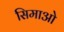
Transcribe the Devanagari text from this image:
सिमाओ